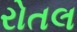
રોતલ